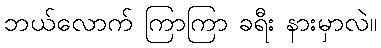
ဘယ်လောက် ကြာကြာ ခရီး နားမှာလဲ။